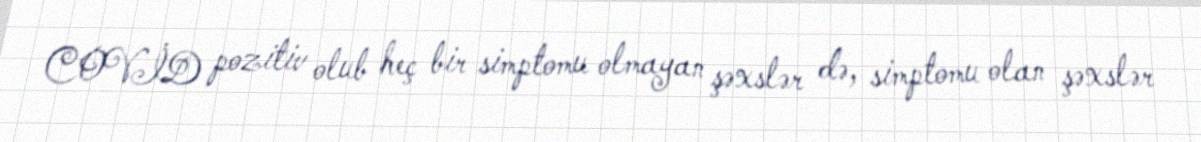
COVİD pozitiv olub heç bir simptomu olmayan şəxslər də, simptomu olan şəxslər